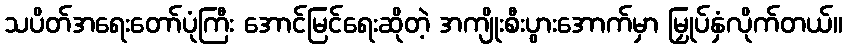
သပိတ်အရေးတော်ပုံကြီး အောင်မြင်ရေးဆိုတဲ့ အကျိုးစီးပွားအောက်မှာ မြှုပ်နှံလိုက်တယ်။